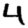
Digit: 4